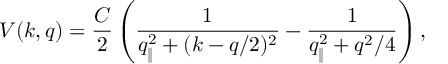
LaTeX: V ( k , q ) = \frac { { \cal C } } { 2 } \left( \frac { 1 } { q _ { \| } ^ { 2 } + ( k - q / 2 ) ^ { 2 } } - \frac { 1 } { q _ { \| } ^ { 2 } + q ^ { 2 } / 4 } \right) ,